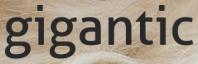
gigantic